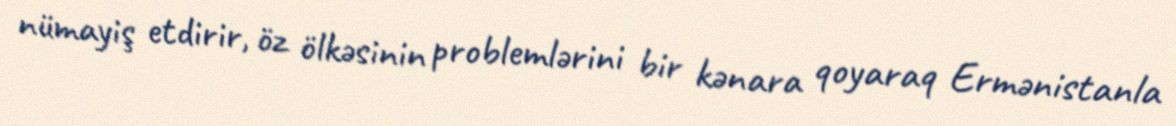
nümayiş etdirir, öz ölkəsinin problemlərini bir kənara qoyaraq Ermənistanla